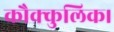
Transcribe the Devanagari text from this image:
कौक्कुलिक।